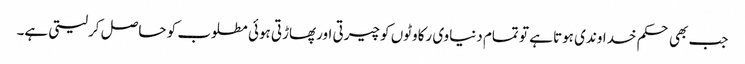
جب بھی حکم خداوندی ہوتا ہے تو تمام دنیاوی رکاوٹوں کو چیرتی اورپھاڑتی ہوئی مطلوب کو حاصل کرلیتی ہے۔